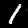
Digit: 1